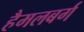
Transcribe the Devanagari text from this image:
हैमलबर्ग